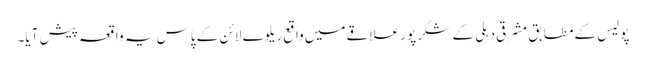
پولیس کے مطابق مشرقی دہلی کے شکر پور علاقے میں واقع ریلوے لائن کے پاس یہ واقعہ پیش آیا۔